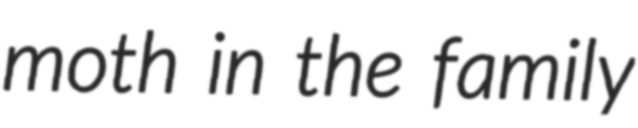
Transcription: moth in the family